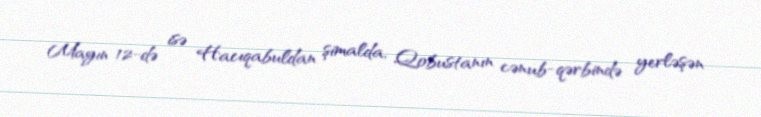
Mayın 12-də isə Hacıqabuldan şimalda, Qobustanın cənub-qərbində yerləşən